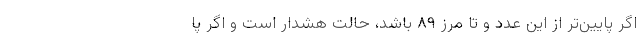
اگر پایین‌تر از این عدد و تا مرز ۸۹ باشد، حالت هشدار است و اگر پا